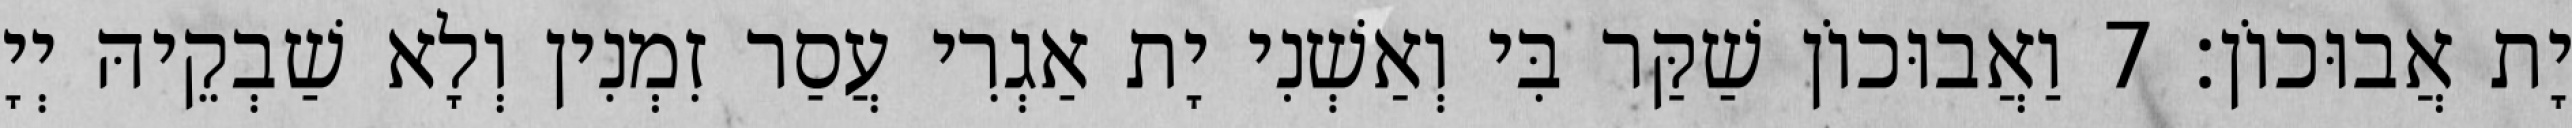
יָת אֲבוּכוֹן׃ 7 וַאֲבוּכוֹן שַׁקַּר בִּי וְאַשְׁנִי יָת אַגְרִי עֲסַר זִמְנִין וְלָא שַׁבְקֵיהּ יְיָ